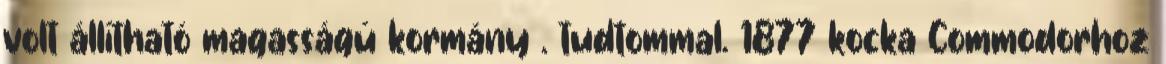
volt állítható magasságú kormány . tudtommal. 1877 kocka Commodorhoz